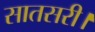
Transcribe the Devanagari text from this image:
सातसरी।